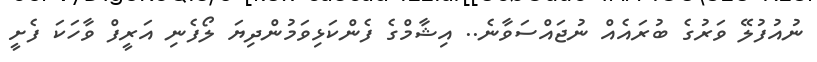
ނުއުފުލޭ ވަރުގެ ބުރައެއް ނުޖައްސަވާނެ.. އިޝާމްގެ ފެންކަޅިވަމުންދިޔަ ލޯފެނި އަރީފް ވާހަކަ ފެށީ